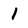
Character: 1